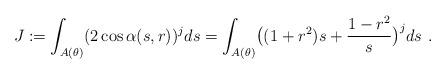
LaTeX: \begin{align*} J:=\int_{A(\theta)}(2\cos\alpha(s,r))^j ds=\int_{A(\theta)} \bigl((1+r^2)s+\frac{1-r^2}s\bigr)^j ds\ .\end{align*}